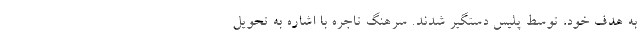
به هدف خود، توسط پلیس دستگیر شدند. سرهنگ تاجره با اشاره به تحویل